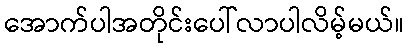
အောက်ပါအတိုင်းပေါ်လာပါလိမ့်မယ်။